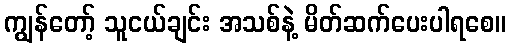
ကျွန်တော့် သူငယ်ချင်း အသစ်နဲ့ မိတ်ဆက်ပေးပါရစေ။